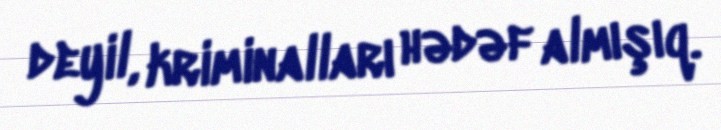
deyil, kriminalları hədəf almışıq.